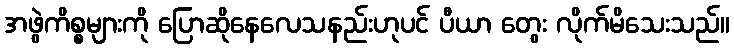
အဖွဲကိစ္စများကို ပြောဆိုနေလေသနည်းဟုပင် ပီယာ တွေး လိုက်မိသေးသည်။